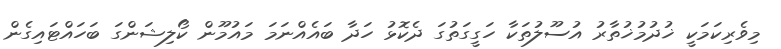
މިވެރިކަމަކީ ޚުދުމުޚުތާރު އުސޫލުތަކާ ހަގީގަތުގަ ދެކޮޅު ހަދާ ބައެއްނަމަ މައުމޫން ކޯލިޝަންގަ ބަހައްޓައިގެން